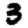
Digit: 3